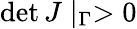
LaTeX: \operatorname*{det}J\mid_{\Gamma}>0